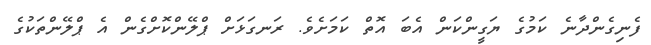
ފެނިގެންދާނެ ކަމުގެ ޔަގީންކަން އެބަ އޮތް ކަމަށެވެ. ރަނގަޅަށް ޕްލޭންކޮށްގެން އެ ޕްލޭންތަކުގެ